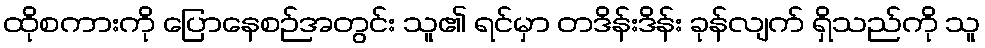
ထိုစကားကို ပြောနေစဉ်အတွင်း သူ၏ ရင်မှာ တဒိန်းဒိန်း ခုန်လျက် ရှိသည်ကို သူ